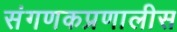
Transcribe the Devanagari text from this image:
संगणकप्रणालीस